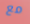
مع